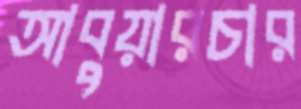
আবুয়ারচার